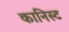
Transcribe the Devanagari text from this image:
कानिस्ट